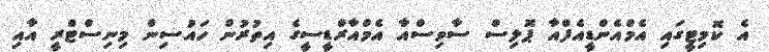
އެ ކޮމިޓީގައި އެމްއެންޑީއެފްއާ ޕޮލިސް ސާވިސްއާ އެމްއާރްޑީސީގެ އިތުރުން ހައުސިން މިނިސްޓްރީ އާއި